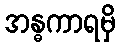
အန္ဓကာရမှိ